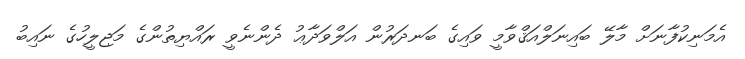
އެމަނިކުފާނަށް މާލޭ ބައިނަލްއަޤްވާމީ ވައިގެ ބަނދަރުން އަލްވަދާޢު ދެންނެވީ ރައްޔިތުންގެ މަޖިލީހުގެ ނައިބު